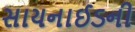
સાયનાઈડની